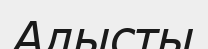
Алысты